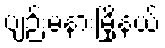
ပျဉ်းမနားမြို့နယ်